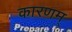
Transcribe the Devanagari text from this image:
कारणम्